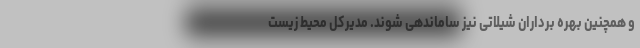
و همچنین بهره برداران شیلاتی نیز ساماندهی شوند. مدیرکل محیط زیست